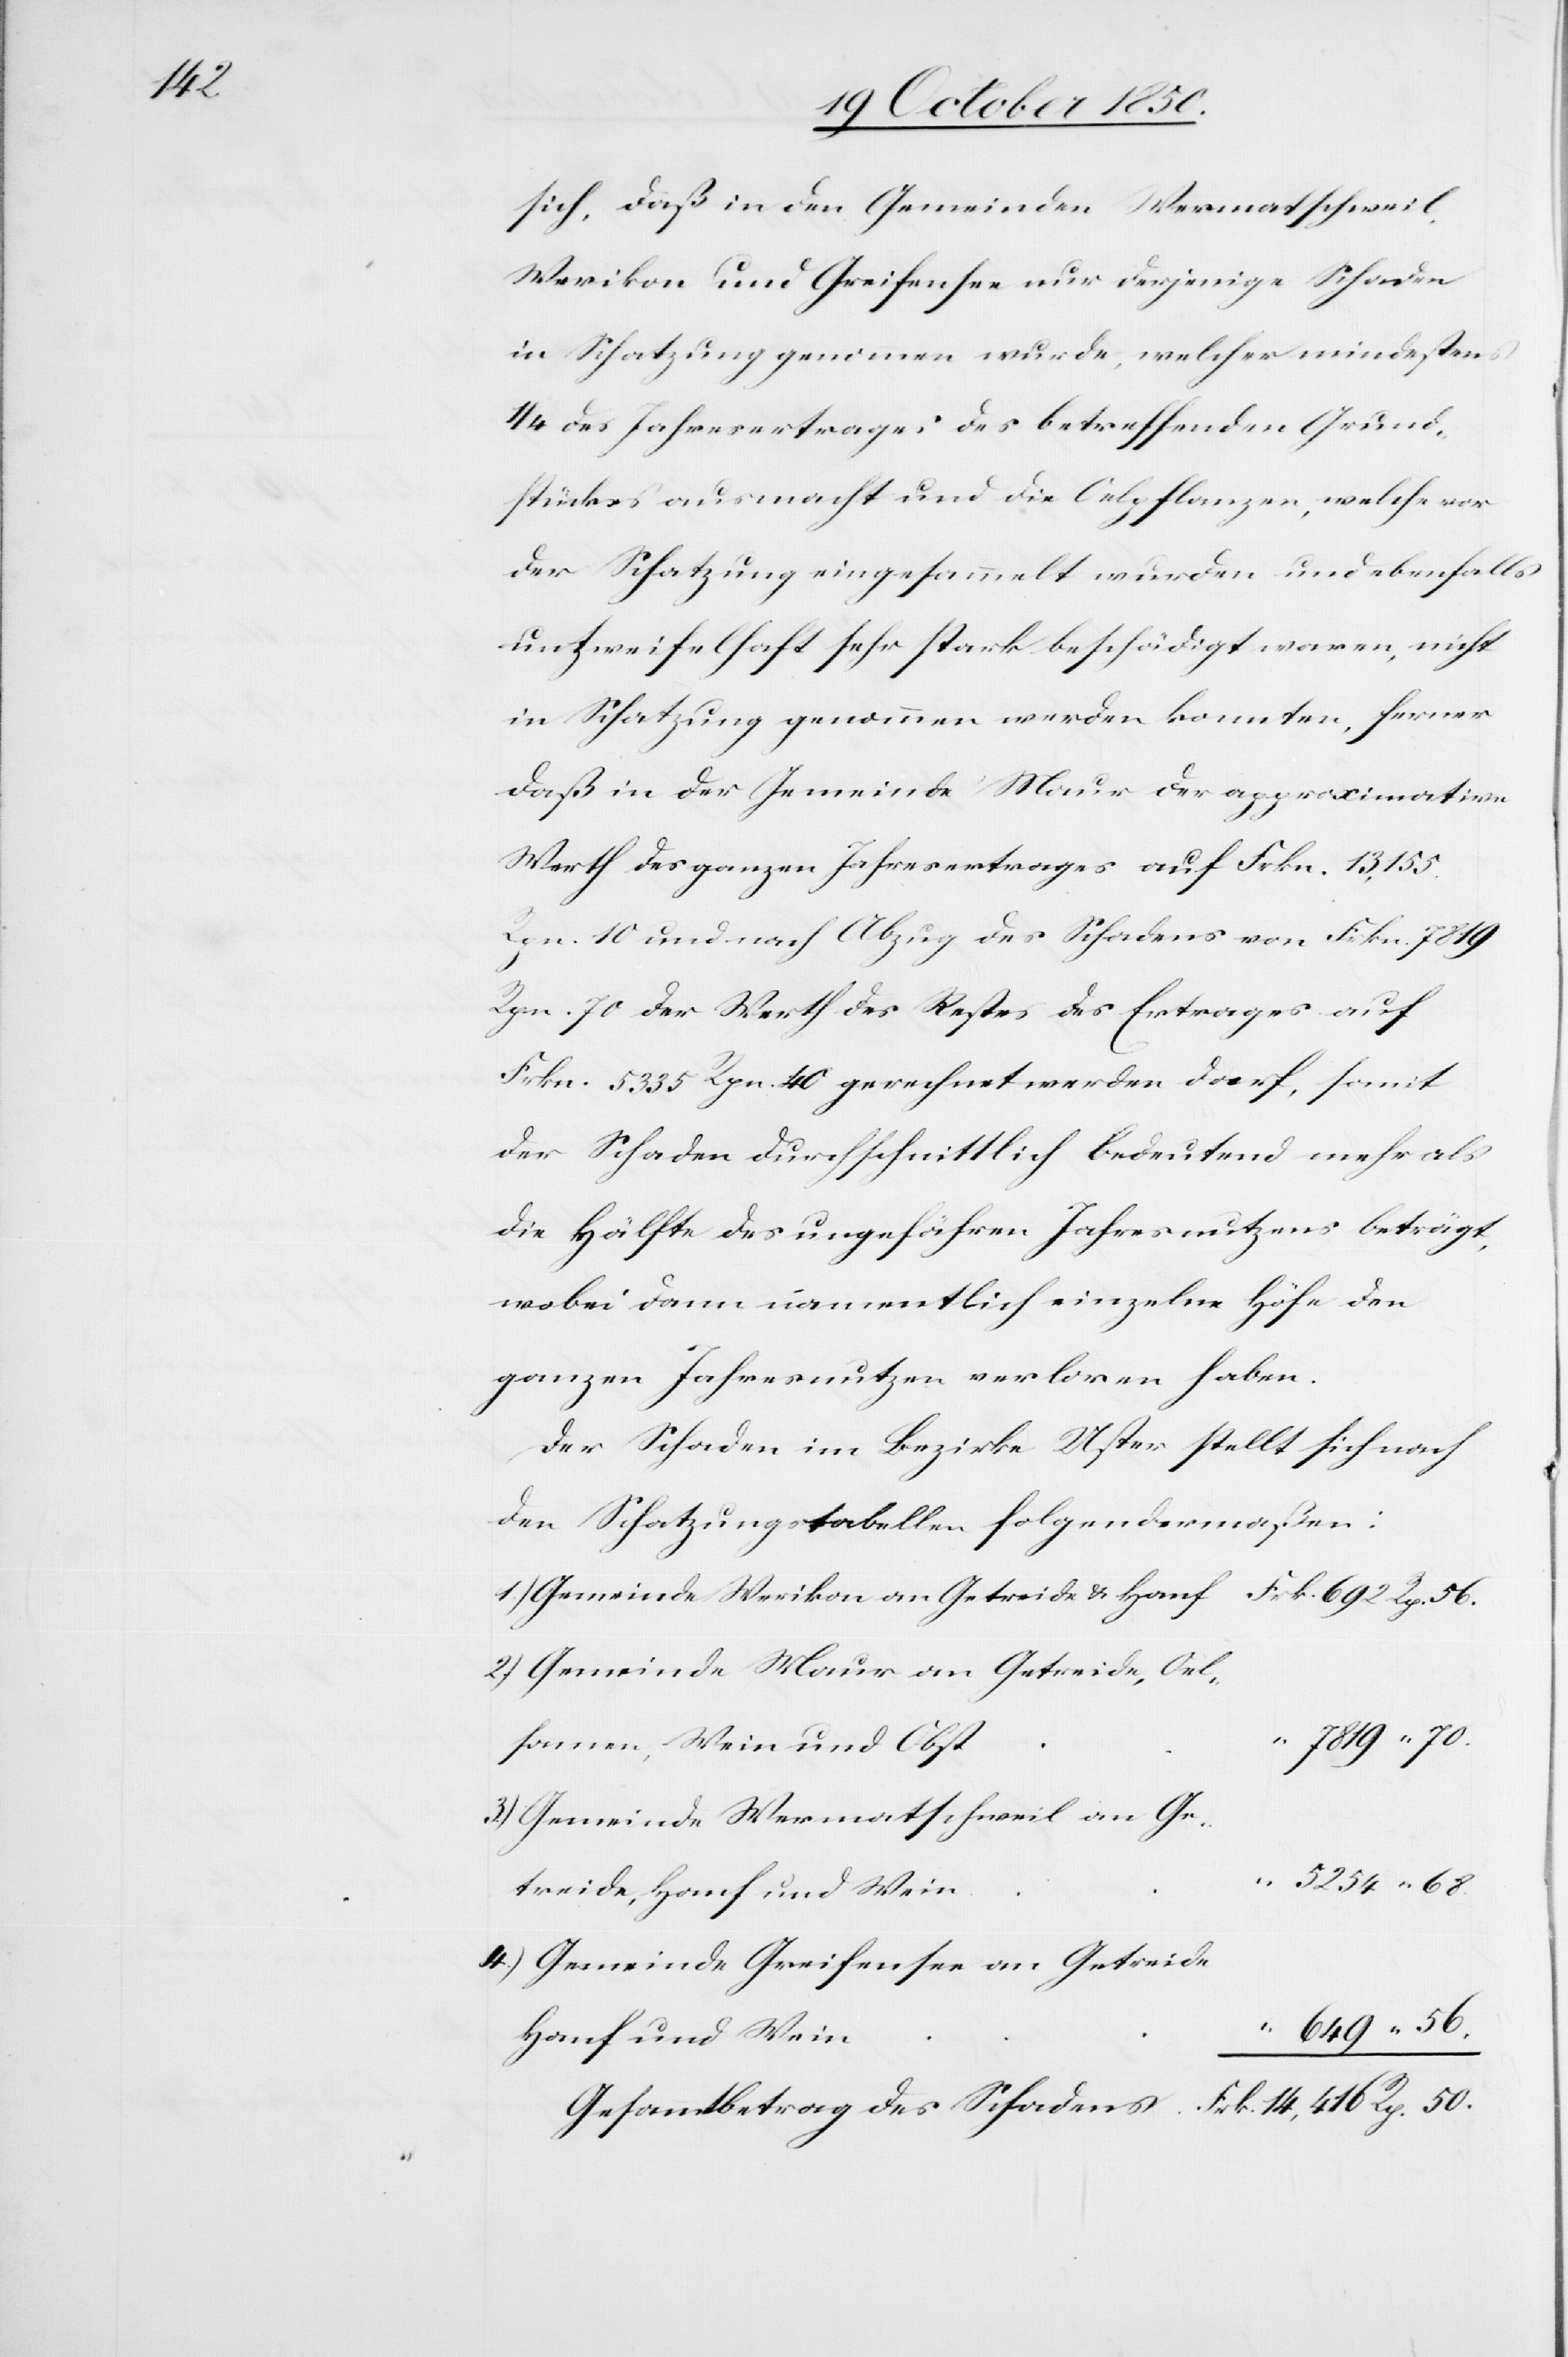
sich, daß in den Gemeinden Wermatschweil,
Werikon und Greifensee nur derjenige Schaden
in Schatzung genommen wurde, welcher mindestens
1/4 des Jahresertrages des betreffenden Grund¬
stückes ausmacht und die Oelpflanzen, welche vor
der Schatzung eingesammelt wurden und ebenfalls
unzweifelhaft sehr stark beschädigt waren, nicht
in Schatzung genommen werden konnten, ferner
daß in der Gemeinde Maur der approximative
Werth des ganzen Jahresertrages auf Frkn. 13,155.
Rpn. 10 und nach Abzug des Schadens von Frkn. 7819
Rpn. 70 der Werth des Restes des Ertrages auf
Frkn. 5335 Rpn. 40 gerechnet werden darf, somit
der Schaden durchschnittlich bedeutend mehr als
die Hälfte des ungefähren Jahresnutzens beträgt,
wobei dann namentlich einzelne Höfe den
ganzen Jahresnutzen verloren haben.
Der Schaden im Bezirke Uster stellt sich nach
den Schatzungstabellen folgendermaßen:
1.) Gemeinde Werikon an Getreide & Hanf					Frk. 692 Rp. 56.
2.) Gemeinde Maur an Getreide, Oel¬
“ 7819 “ 70.
samen, Wein und Obst
3.) Gemeinde Wermatschweil an Ge¬
“ 5254 “ 68.
treide, Hanf und Wein
4.) Gemeinde Greifensee an Getreide
649 “ 56.
und
Gesammtbetrag des Schadens				Frk. 14,416 Rp. 50.